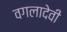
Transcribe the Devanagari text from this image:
वगलादेवी